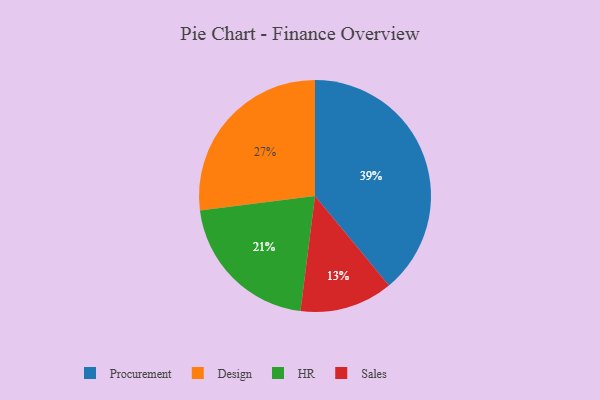
{"axis": {"x": "Category", "y": "Percentage"}, "legend": ["Design", "HR", "Procurement", "Sales"], "data": [{"x": "HR", "y": 21, "type": "HR"}, {"x": "Sales", "y": 13, "type": "Sales"}, {"x": "Procurement", "y": 39, "type": "Procurement"}, {"x": "Design", "y": 27, "type": "Design"}]}